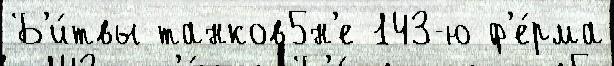
Б'и́твы танков5н'е 143-ю ф'е́рма